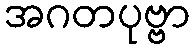
အဂတပုဗ္ဗာ